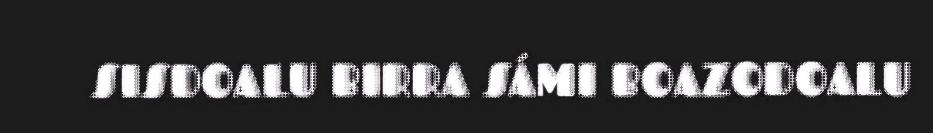
SISDOALU BIRRA SÁMI BOAZODOALU